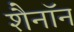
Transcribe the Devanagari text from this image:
शैनॉन